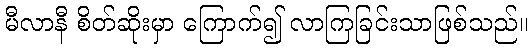
မီလာနီ စိတ်ဆိုးမှာ ကြောက်၍ လာကြခြင်းသာဖြစ်သည်။